Vaccination in Bombay 1874-1876 - 1874-1876
Year: 1874
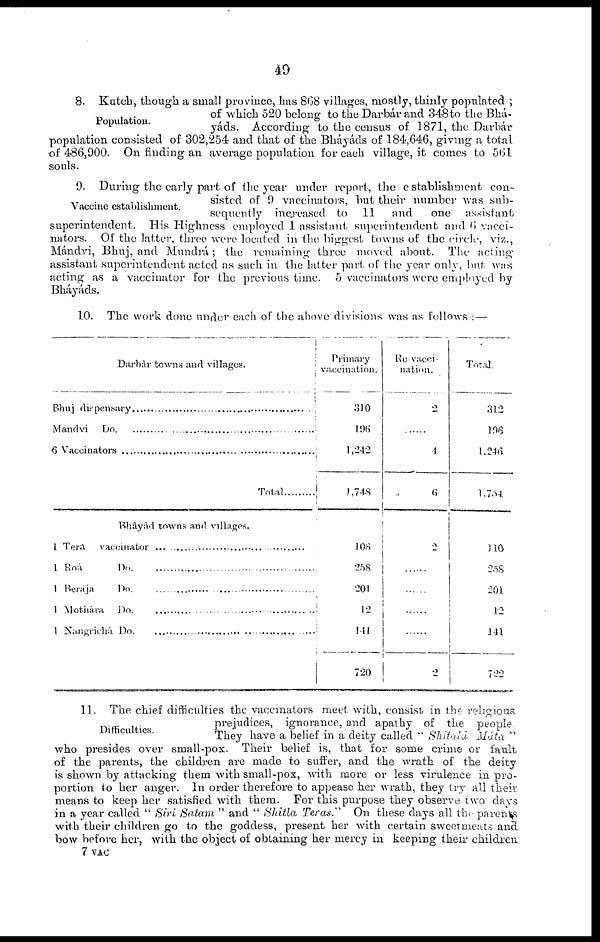
49
Population.
8. Kutch, though a small province, has 868 villages, mostly, thinly populated ;
of which 520 belong to the Darbár and 348 to the Bhá¬
yáds. According to the census of 1871, the Darbár
population consisted of 302,254 and that of the Bháyáds of 184,646, giving a total
of 486,900. On finding an average population for each village, it comes to 561
souls.
Vaccine establishment.
9. During the early part of the year under report, the establishment con-
sisted of 9 vaccinators, but their number was sub-
sequently increased to 11 and
one assistant
superintendent. His Highness employed 1 assistant superintendent and 6 vacci-
nators. Of the latter, three were located in the biggest towns of the circle, viz.,
Mándvi, Bhuj, and Mundrá ; the remaining three moved about. The acting
assistant superintendent acted as such in the latter part of the year only, but was
acting as a vaccinator for the previous time. 5 vaccinators were employed by
Bháyáds.
10. The work done under each of the above divisions was as follows : —
Darbár towns and villages.
Bhuj dispensary..............................
Mandvi Do ....................................
6 Vaccinators.................................
Total
Bháyád towns and villages.
1 Tera vaccinator ...........................
1 Roá Do .......................................
1 Beraja Do .................................
1 Mothára Do ..............................
1 Nangrichá Do ...........................
Primary
vaccination.
310
196
1,242
1,748
108
258
201
12
141
720
Re-vacci-
nation.
2
......
4
6
2
......
......
......
......
2
Total.
312
196
1,246
1,754
110
258
201
12
141
722
Difficulties.
11. The chief difficulties the vaccinators meet, with, consist in the religious
prejudices, ignorance, and apathy of the people
They have a belief in a deity called " Shitalá Máta "
who presides over small-pox. Their belief is, that for some crime or fault
of the parents, the children are made to suffer, and the wrath of the deity
is shown by attacking them with small-pox, with more or less virulence in pro-
portion to her anger. In order therefore to appease her wrath, they try all their
means to keep her satisfied with them. For this purpose they observe two days
in a year called " Siri Satam " and " Shitla Teras." On these days all the parents
with their children go to the goddess, present her with certain sweetmeats and
bow before her, with the object of obtaining her mercy in keeping their children
7 VAC